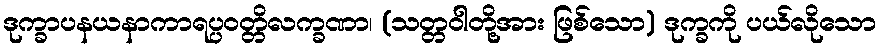
ဒုက္ခာပနယနာကာရပ္ပဝတ္တိလက္ခဏာ၊ (သတ္တဝါတို့အား ဖြစ်သော) ဒုက္ခကို ပယ်လိုသော